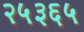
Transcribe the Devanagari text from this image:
२५३६५